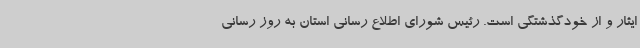
ایثار و از خودگذشتگی است. رئیس شورای اطلاع رسانی استان به روز رسانی